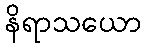
နိရာသယော